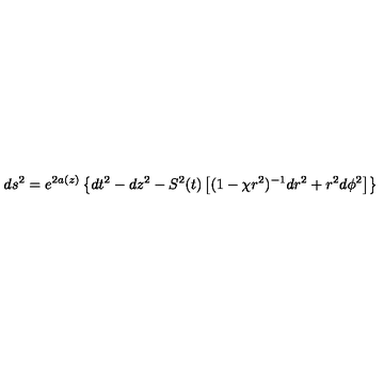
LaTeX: d s ^ { 2 } = e ^ { 2 a ( z ) } \left\{ d t ^ { 2 } - d z ^ { 2 } - S ^ { 2 } ( t ) \left[ ( 1 - { \chi } r ^ { 2 } ) ^ { - 1 } d r ^ { 2 } + r ^ { 2 } d { \phi } ^ { 2 } \right] \right\}